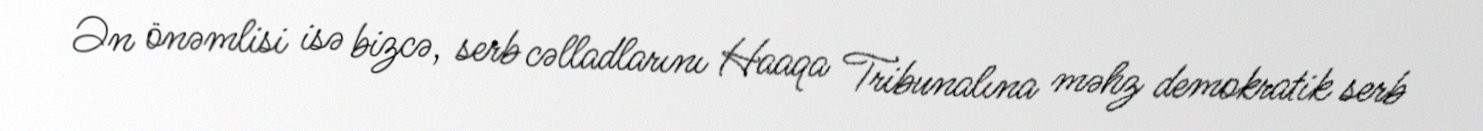
Ən önəmlisi isə bizcə, serb cəlladlarını Haaqa Tribunalına məhz demokratik serb